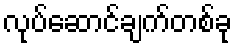
လုပ်ဆောင်ချက်တစ်ခု